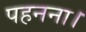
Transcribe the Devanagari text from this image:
पहनना।